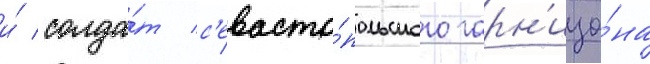
и́ солда́т с'евасто́польского гарн'изо́на